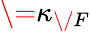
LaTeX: \= \kappa_{\/ F}